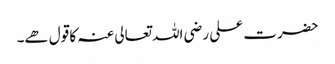
حضرت علی رضی اللہ تعالی عنہ کا قول ھے۔